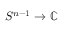
S ^ { n - 1 } \to \mathbb { C }